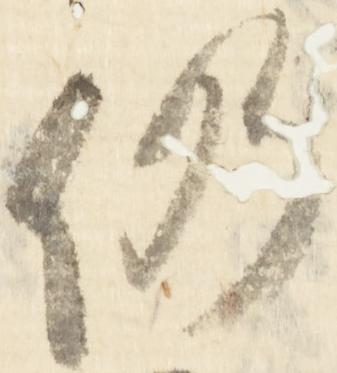
仍